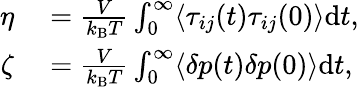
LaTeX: \begin{array}{rl}{\eta}&{{}=\frac{V}{k_{\mathrm{B}}T}\int_{0}^{\infty}\langle\tau_{ij}(t)\tau_{ij}(0)\rangle\mathrm{d}t,}\\ {\zeta}&{{}=\frac{V}{k_{\mathrm{B}}T}\int_{0}^{\infty}\langle\delta p(t)\delta p(0)\rangle\mathrm{d}t,}\end{array}